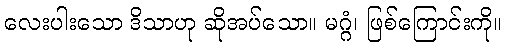
လေးပါးသော ဒိသာဟု ဆိုအပ်သော။ မဂ္ဂံ၊ ဖြစ်ကြောင်းကို။